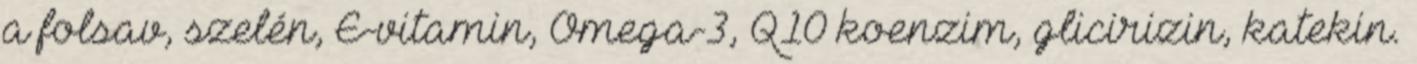
a folsav, szelén, E-vitamin, Omega-3, Q10 koenzim, glicirizin, katekin.